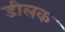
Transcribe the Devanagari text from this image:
डीलक